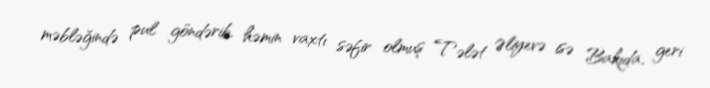
məbləğində pul göndərib, həmin vaxtı səfir olmuş Tələt Əliyevə isə Bakıda, geri